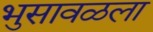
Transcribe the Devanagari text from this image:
भुसावळला